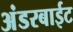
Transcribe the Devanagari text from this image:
अंडरबाईट